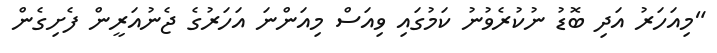
"މިއަހަރު އަދި ބޮޑު ނުކުރެވުނު ކަމުގައި ވިއަސް މިއަންނަ އަހަރުގެ ޖެނުއަރީން ފެށިގެން